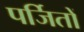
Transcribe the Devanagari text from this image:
पर्जितों